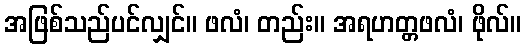
အဖြစ်သည်ပင်လျှင်။ ဖလံ၊ တည်း။ အရဟတ္တဖလံ၊ ဖိုလ်။